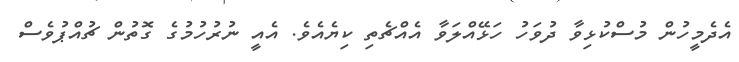
އެދެމީހުން މުސްކުޅިވާ ދުވަހު ހަޅޭއްލަވާ އެއްޗެތި ކިޔެއެވެ. އެއީ ނުރުހުމުގެ ގޮތުން ޗުއްޕުވެސް